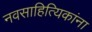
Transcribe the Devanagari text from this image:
नवसाहित्यिकांना